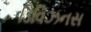
ડિવિઝનસ